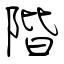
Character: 階